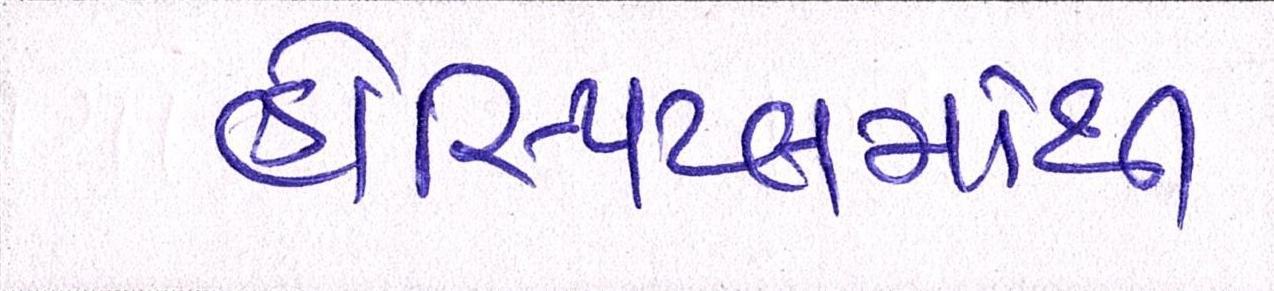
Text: હોસ્પિટલમાંથી